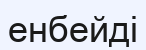
енбейді